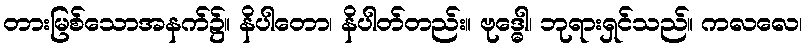
တားမြစ်သောအနက်၌။ နိပါတော၊ နိပါတ်တည်း။ ဗုဒ္ဓေါ၊ ဘုရားရှင်သည်။ ကလလေ၊